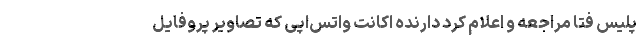
پلیس فتا مراجعه و اعلام کرد دارنده اکانت واتس‌اپی که تصاویر پروفایل